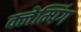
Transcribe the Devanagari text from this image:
क्लेम्पिंग